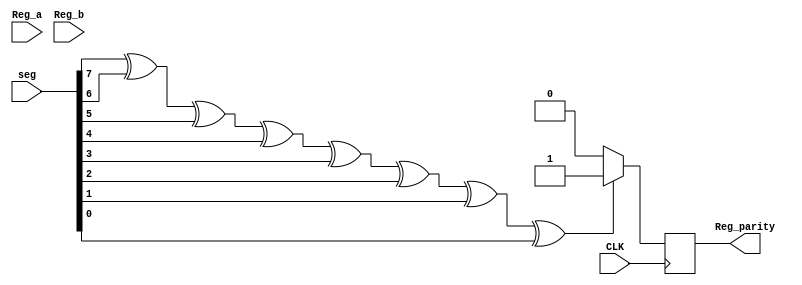
`timescale 1ns / 1ps
//////////////////////////////////////////////////////////////////////////////////
// Company: 
// Engineer: 
// 
// Design Name: 
// Module Name: Parity_Flag
// Project Name: 
// Target Devices: 
// Tool Versions: 
// Description: 
// 
// Dependencies: 
// 
// Revision:
// Revision 0.01 - File Created
// Additional Comments:
// 
//////////////////////////////////////////////////////////////////////////////////


module Parity_Flag(CLK,Reg_a,Reg_b,seg,Reg_parity);
input [7:0] Reg_a;
input [7:0] Reg_b;
input [7:0] seg;
input CLK;
output reg Reg_parity;
reg p;
always@(posedge CLK)
begin p=seg[7]^seg[6]^seg[5]^seg[4]^seg[3]^seg[2]^seg[1]^seg[0];
  if (p==1)
  Reg_parity=1;//11
  else Reg_parity=0;
  end
endmodule